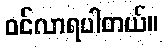
ဝင်လာရပါတယ်။